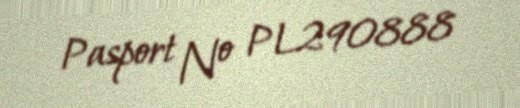
Pasport № PL290888